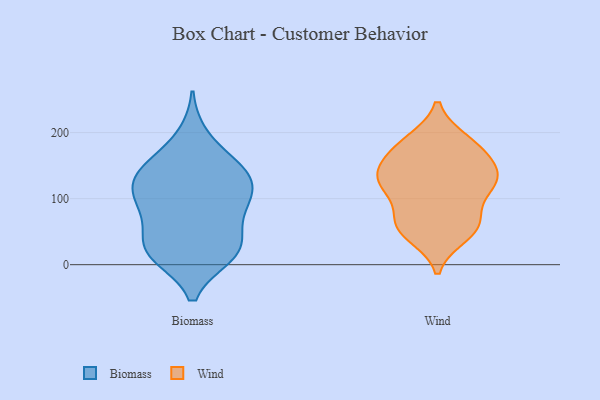
{"axis": {"x": "Headcount", "y": "Value"}, "legend": ["Biomass", "Wind"], "data": [{"x": "", "y": 138, "type": "Biomass"}, {"x": "", "y": 107, "type": "Biomass"}, {"x": "", "y": 45, "type": "Biomass"}, {"x": "", "y": 79, "type": "Biomass"}, {"x": "", "y": 16, "type": "Biomass"}, {"x": "", "y": 100, "type": "Biomass"}, {"x": "", "y": 21, "type": "Biomass"}, {"x": "", "y": 134, "type": "Biomass"}, {"x": "", "y": 86, "type": "Biomass"}, {"x": "", "y": 142, "type": "Biomass"}, {"x": "", "y": 33, "type": "Biomass"}, {"x": "", "y": 17, "type": "Biomass"}, {"x": "", "y": 155, "type": "Biomass"}, {"x": "", "y": 194, "type": "Biomass"}, {"x": "", "y": 14, "type": "Biomass"}, {"x": "", "y": 136, "type": "Biomass"}, {"x": "", "y": 101, "type": "Biomass"}, {"x": "", "y": 123, "type": "Wind"}, {"x": "", "y": 122, "type": "Wind"}, {"x": "", "y": 64, "type": "Wind"}, {"x": "", "y": 186, "type": "Wind"}, {"x": "", "y": 127, "type": "Wind"}, {"x": "", "y": 128, "type": "Wind"}, {"x": "", "y": 151, "type": "Wind"}, {"x": "", "y": 136, "type": "Wind"}, {"x": "", "y": 58, "type": "Wind"}, {"x": "", "y": 110, "type": "Wind"}, {"x": "", "y": 65, "type": "Wind"}, {"x": "", "y": 56, "type": "Wind"}, {"x": "", "y": 175, "type": "Wind"}, {"x": "", "y": 45, "type": "Wind"}, {"x": "", "y": 165, "type": "Wind"}, {"x": "", "y": 187, "type": "Wind"}]}